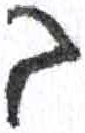
אות: ב